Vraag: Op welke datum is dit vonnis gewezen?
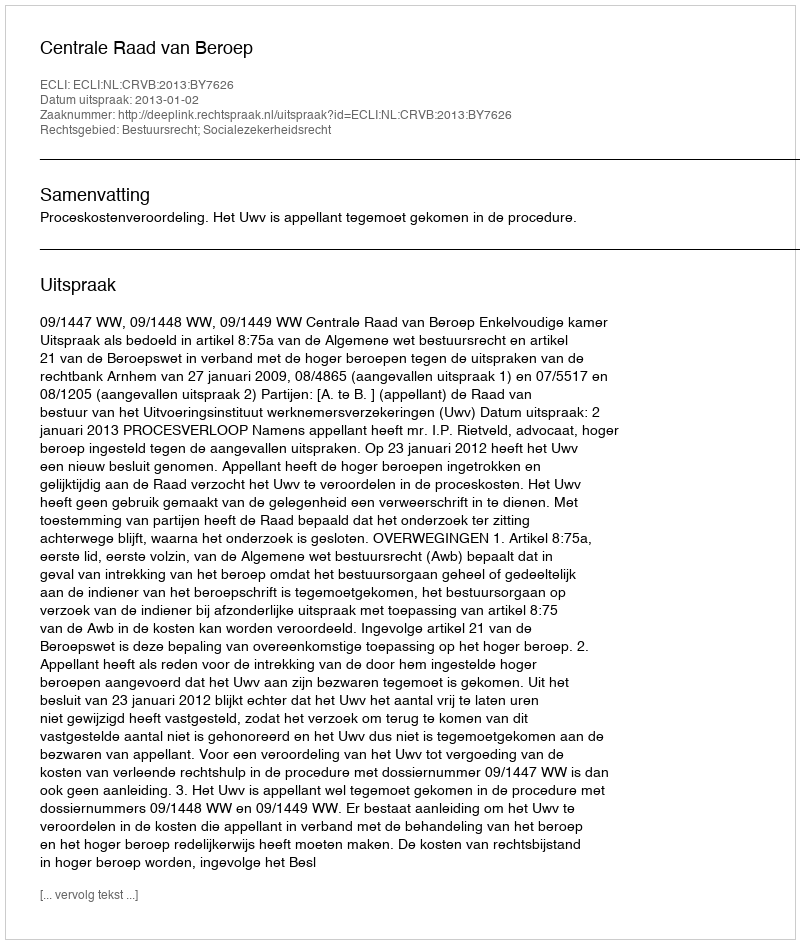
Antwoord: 2013-01-02